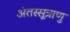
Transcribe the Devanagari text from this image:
अंतस्सूत्राणु